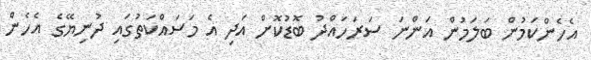
އެހެންކަމުން ބަލަމުން އަންނަ ސަރަހައްދު ބޮޑުކޮށް އަދި އެ މަސައްކަތުގައި ދުނިޔޭގެ އެހެން